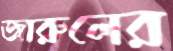
জারুলের